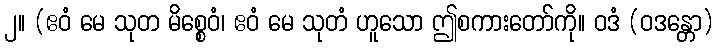
၂။ (ဧဝံ မေ သုတ မိစ္စေဝံ၊ ဧဝံ မေ သုတံ ဟူသော ဤစကားတော်ကို။ ဝဒံ (ဝဒန္တော)